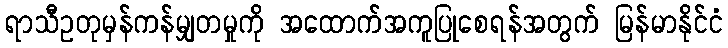
ရာသီဥတုမှန်ကန်မျှတမှုကို အထောက်အကူပြုစေရန်အတွက် မြန်မာနိုင်ငံ